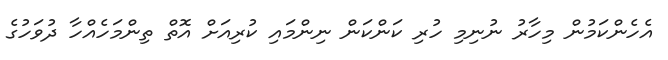
އެހެންކަމުން މިހާރު ނުނިމި ހުރި ކަންކަން ނިންމައި ކުރިއަށް އޮތް ތިންމަހެއްހާ ދުވަހުގެ